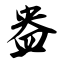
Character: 盎